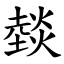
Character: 燅